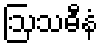
ဩသဓီနံ